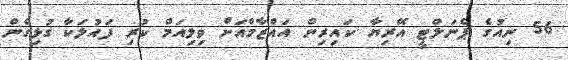
56 ނިއުގެ ޕެނަލްޓީ އޭރިޔާ ކައިރިން އައްޒާމްއަށް ވިލިއަމް ކުރި ފައުލަކާ ގުޅިގެން